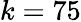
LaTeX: k=75